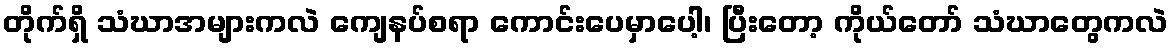
တိုက်ရှိ သံဃာအများကလဲ ကျေနပ်စရာ ကောင်းပေမှာပေါ့၊ ပြီးတော့ ကိုယ်တော် သံဃာတွေကလဲ